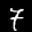
Label: 7